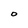
Character: 0